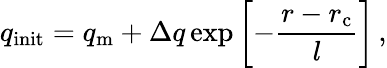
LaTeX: q_{\mathrm{init}}=q_{\mathrm{m}}+\Delta q\exp\left[-\frac{r-r_{\mathrm{c}}}{l}\right]\, ,